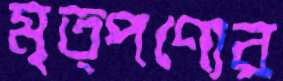
মৃত্পণ্যের